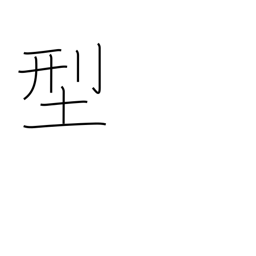
Meaning: type